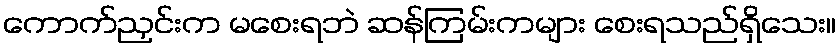
ကောက်ညှင်းက မစေးရဘဲ ဆန်ကြမ်းကများ စေးရသည်ရှိသေး။